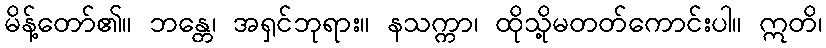
မိန့်တော်၏။ ဘန္တေ၊ အရှင်ဘုရား။ နသက္ကာ၊ ထိုသို့မတတ်ကောင်းပါ။ ဣတိ၊